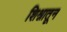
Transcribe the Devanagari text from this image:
शिश्नातून